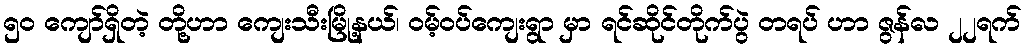
၅ဝ ကျော်ရှိတဲ့ တို့ဟာ ကျေးသီးမြို့နယ်၊ ဝမ့်ဝပ်ကျေးရွာ မှာ ရင်ဆိုင်တိုက်ပွဲ တရပ် ဟာ ဇွန်လ ၂၂ရက်